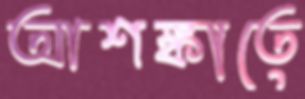
আশঙ্কাতে